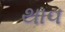
થાવ